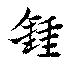
鍾